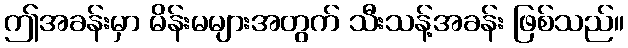
ဤအခန်းမှာ မိန်းမများအတွက် သီးသန့်အခန်း ဖြစ်သည်။